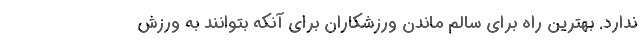
ندارد. بهترین راه برای سالم ماندن ورزشکاران برای آنکه بتوانند به ورزش